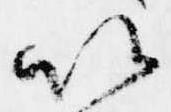
以